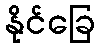
နိုင်ခြေ